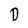
Character: D